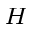
_ H